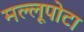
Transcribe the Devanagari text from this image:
मल्लूपोटा